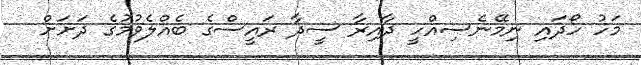
މަހު ހޯދައި ނިމޭނެސިއްހީ ދާއިރާ ސީދާ ރައީސްގެ ބެއްލެވުމުގެ ދަށަށް